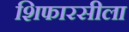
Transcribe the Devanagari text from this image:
शिफारसीला